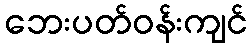
ဘေးပတ်ဝန်းကျင်